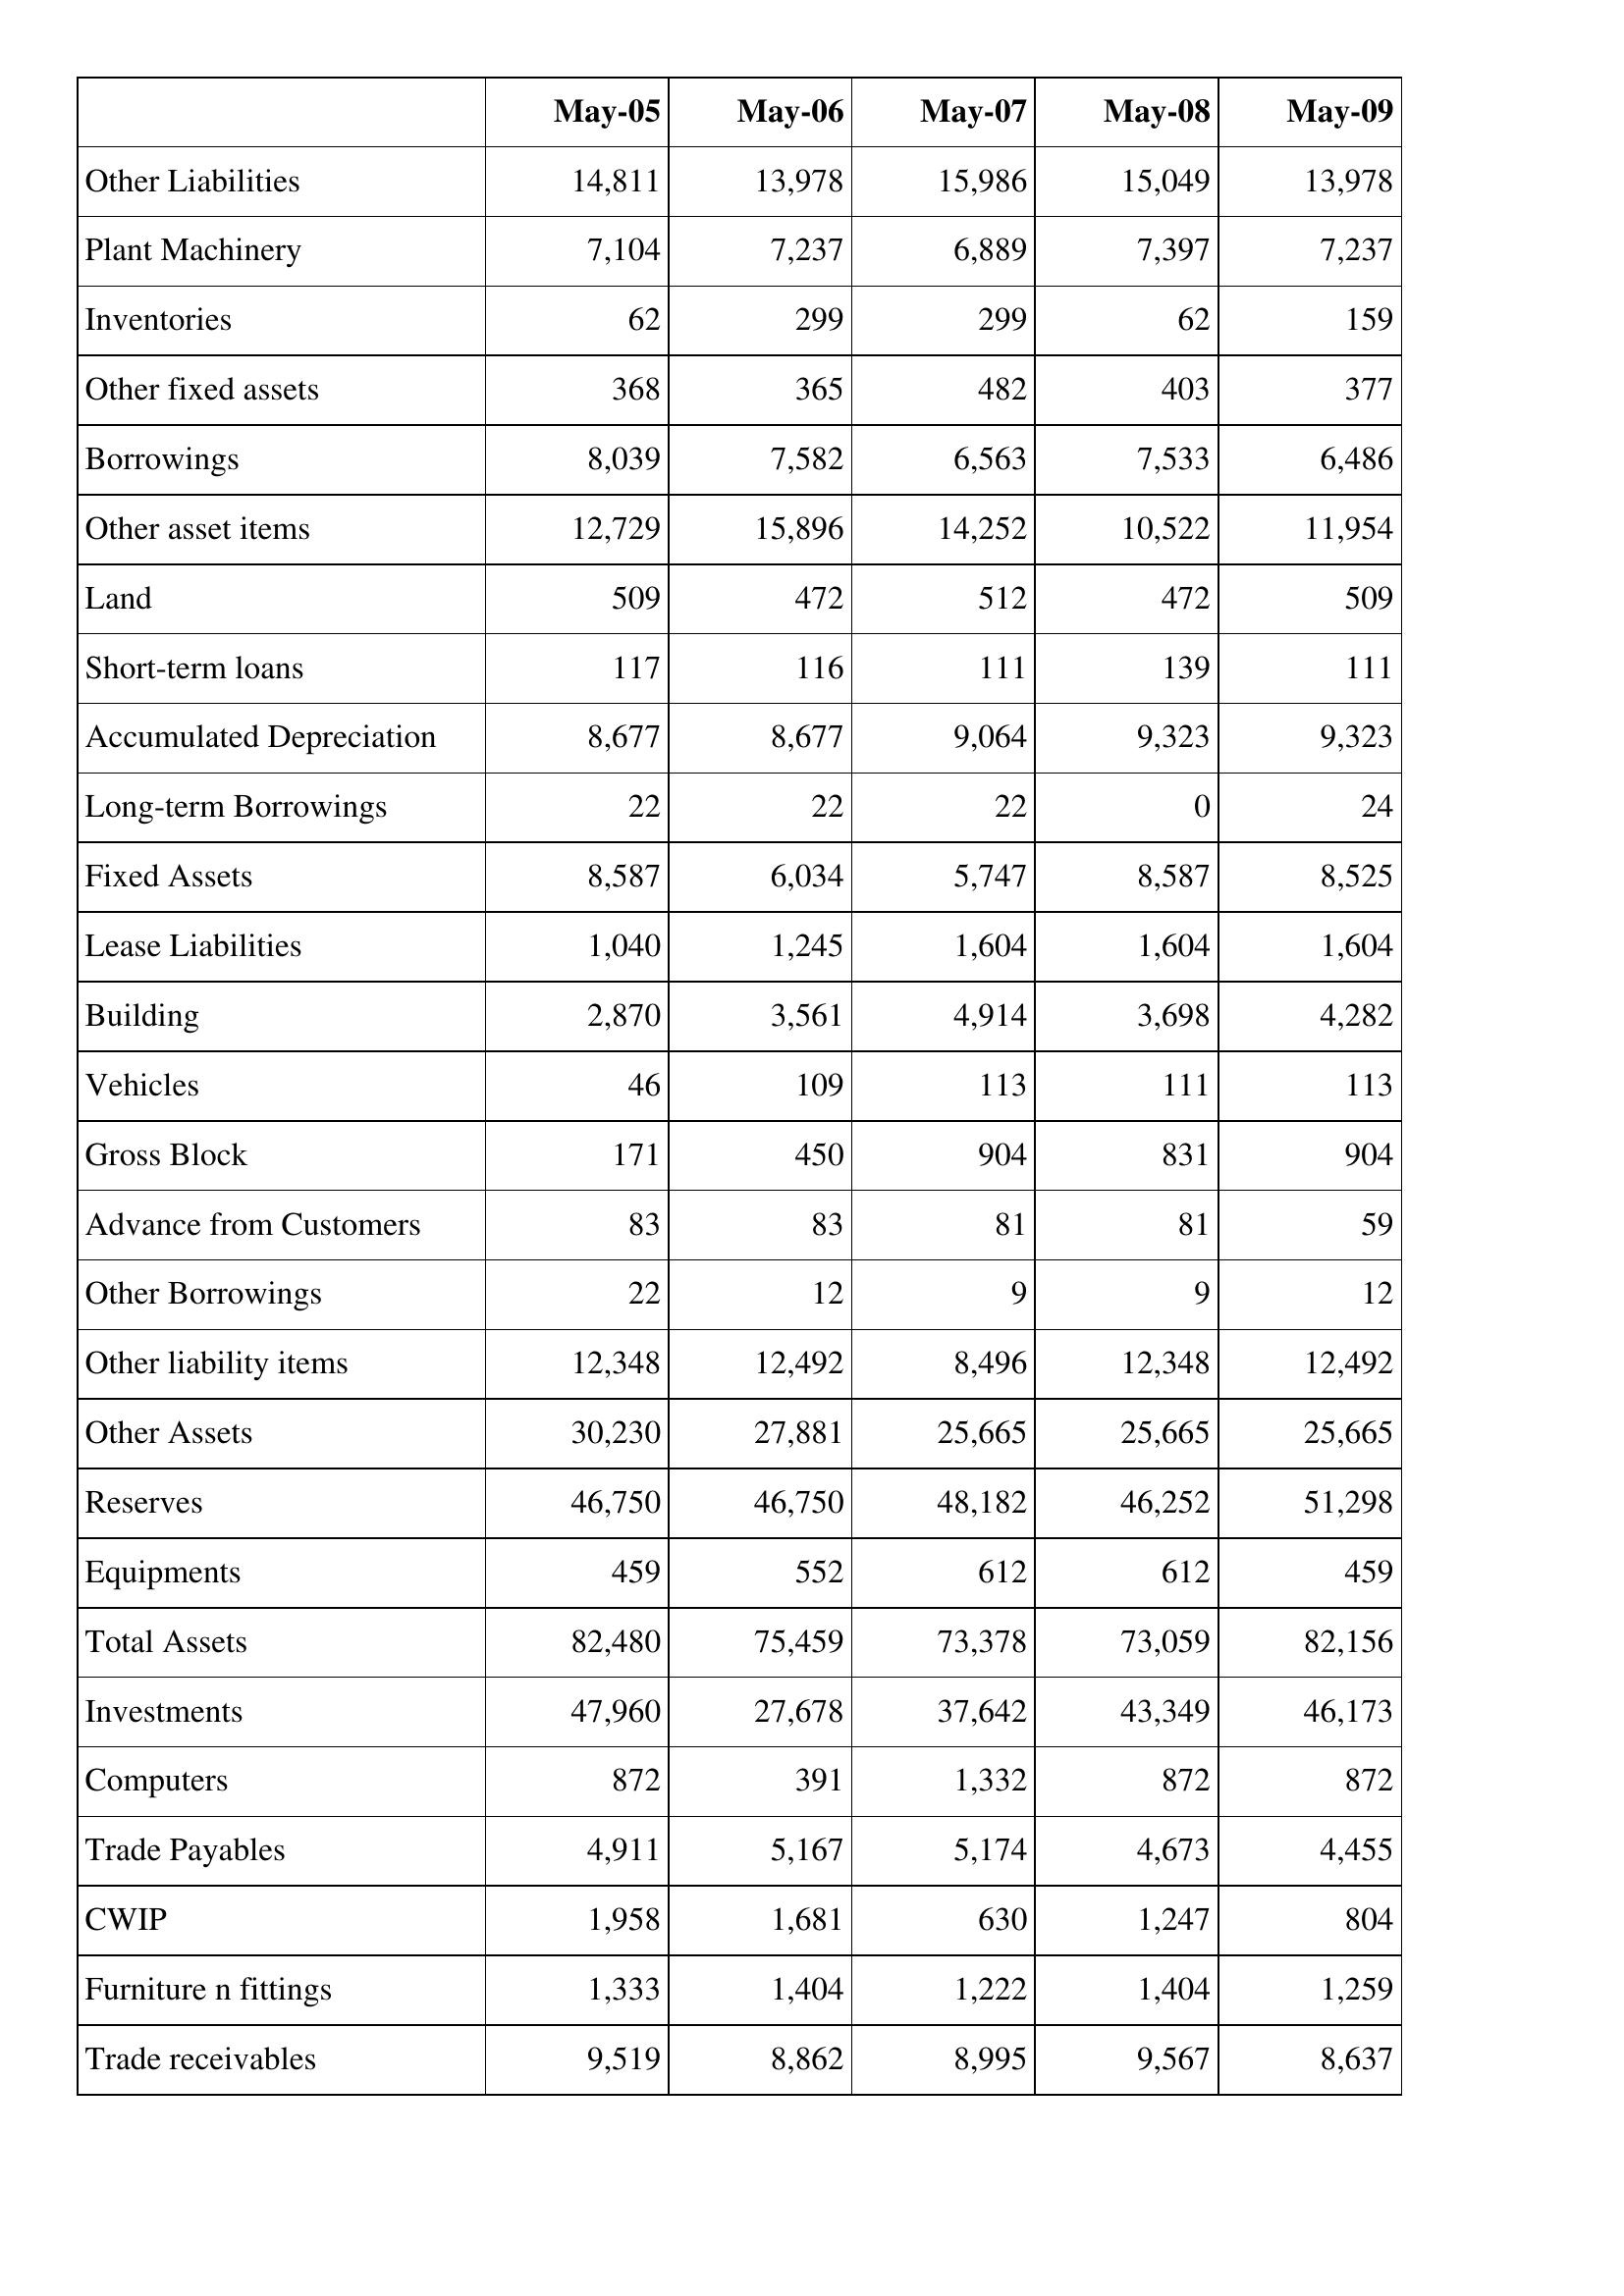
May-05: Balance Sheet: Other Liabilities: 14,811
Plant Machinery: 7,104
Inventories: 62
Other fixed assets: 368
Borrowings: 8,039
Other asset items: 12,729
Land: 509
Short-term loans: 117
Accumulated Depreciation: 8,677
Long-term Borrowings: 22
Fixed Assets: 8,587
Lease Liabilities: 1,040
Building: 2,870
Vehicles: 46
Gross Block: 171
Advance from Customers: 83
Other Borrowings: 22
Other liability items: 12,348
Other Assets: 30,230
Reserves: 46,750
Equipments: 459
Total Assets: 82,480
Investments: 47,960
Computers: 872
Trade Payables: 4,911
CWIP: 1,958
Furniture n fittings: 1,333
Trade receivables: 9,519
May-06: Balance Sheet: Other Liabilities: 13,978
Plant Machinery: 7,237
Inventories: 299
Other fixed assets: 365
Borrowings: 7,582
Other asset items: 15,896
Land: 472
Short-term loans: 116
Accumulated Depreciation: 8,677
Long-term Borrowings: 22
Fixed Assets: 6,034
Lease Liabilities: 1,245
Building: 3,561
Vehicles: 109
Gross Block: 450
Advance from Customers: 83
Other Borrowings: 12
Other liability items: 12,492
Other Assets: 27,881
Reserves: 46,750
Equipments: 552
Total Assets: 75,459
Investments: 27,678
Computers: 391
Trade Payables: 5,167
CWIP: 1,681
Furniture n fittings: 1,404
Trade receivables: 8,862
May-07: Balance Sheet: Other Liabilities: 15,986
Plant Machinery: 6,889
Inventories: 299
Other fixed assets: 482
Borrowings: 6,563
Other asset items: 14,252
Land: 512
Short-term loans: 111
Accumulated Depreciation: 9,064
Long-term Borrowings: 22
Fixed Assets: 5,747
Lease Liabilities: 1,604
Building: 4,914
Vehicles: 113
Gross Block: 904
Advance from Customers: 81
Other Borrowings: 9
Other liability items: 8,496
Other Assets: 25,665
Reserves: 48,182
Equipments: 612
Total Assets: 73,378
Investments: 37,642
Computers: 1,332
Trade Payables: 5,174
CWIP: 630
Furniture n fittings: 1,222
Trade receivables: 8,995
May-08: Balance Sheet: Other Liabilities: 15,049
Plant Machinery: 7,397
Inventories: 62
Other fixed assets: 403
Borrowings: 7,533
Other asset items: 10,522
Land: 472
Short-term loans: 139
Accumulated Depreciation: 9,323
Long-term Borrowings: 0
Fixed Assets: 8,587
Lease Liabilities: 1,604
Building: 3,698
Vehicles: 111
Gross Block: 831
Advance from Customers: 81
Other Borrowings: 9
Other liability items: 12,348
Other Assets: 25,665
Reserves: 46,252
Equipments: 612
Total Assets: 73,059
Investments: 43,349
Computers: 872
Trade Payables: 4,673
CWIP: 1,247
Furniture n fittings: 1,404
Trade receivables: 9,567
May-09: Balance Sheet: Other Liabilities: 13,978
Plant Machinery: 7,237
Inventories: 159
Other fixed assets: 377
Borrowings: 6,486
Other asset items: 11,954
Land: 509
Short-term loans: 111
Accumulated Depreciation: 9,323
Long-term Borrowings: 24
Fixed Assets: 8,525
Lease Liabilities: 1,604
Building: 4,282
Vehicles: 113
Gross Block: 904
Advance from Customers: 59
Other Borrowings: 12
Other liability items: 12,492
Other Assets: 25,665
Reserves: 51,298
Equipments: 459
Total Assets: 82,156
Investments: 46,173
Computers: 872
Trade Payables: 4,455
CWIP: 804
Furniture n fittings: 1,259
Trade receivables: 8,637